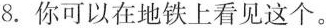
8.你可以在地铁上看见这个。